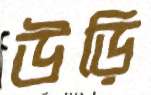
উড়ি